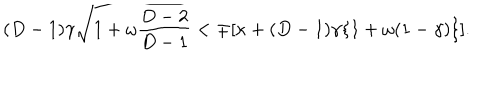
( D - 1 ) \gamma \sqrt { 1 + \omega \frac { D - 2 } { D - 1 } } < \mp [ \kappa + ( D - 1 ) \gamma \{ 1 + \omega ( 1 - \gamma ) \} ] .